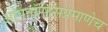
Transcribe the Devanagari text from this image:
ओपनॉफिसप्रमाणेच